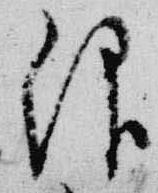
仰